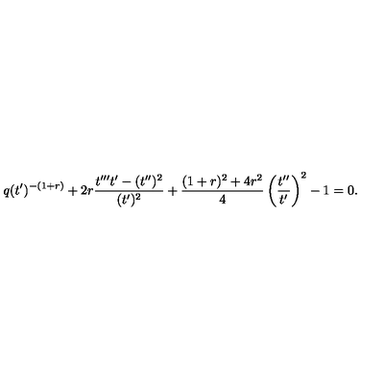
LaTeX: q ( t ^ { \prime } ) ^ { - ( 1 + r ) } + 2 r \frac { t ^ { \prime \prime \prime } t ^ { \prime } - ( t ^ { \prime \prime } ) ^ { 2 } } { ( t ^ { \prime } ) ^ { 2 } } + \frac { ( 1 + r ) ^ { 2 } + 4 r ^ { 2 } } { 4 } \left( \frac { t ^ { \prime \prime } } { t ^ { \prime } } \right) ^ { 2 } - 1 = 0 .